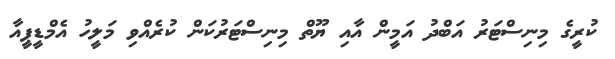
ކުރީގެ މިނިސްޓަރު އަބްދު އަމީން އާއި ޔޫތް މިނިސްޓަރުކަން ކުރެއްވި މަލީހު އެމްޑީޕީއާ